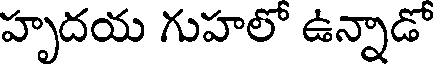
హృదయ గుహలో ఉన్నాడో